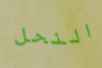
النحل